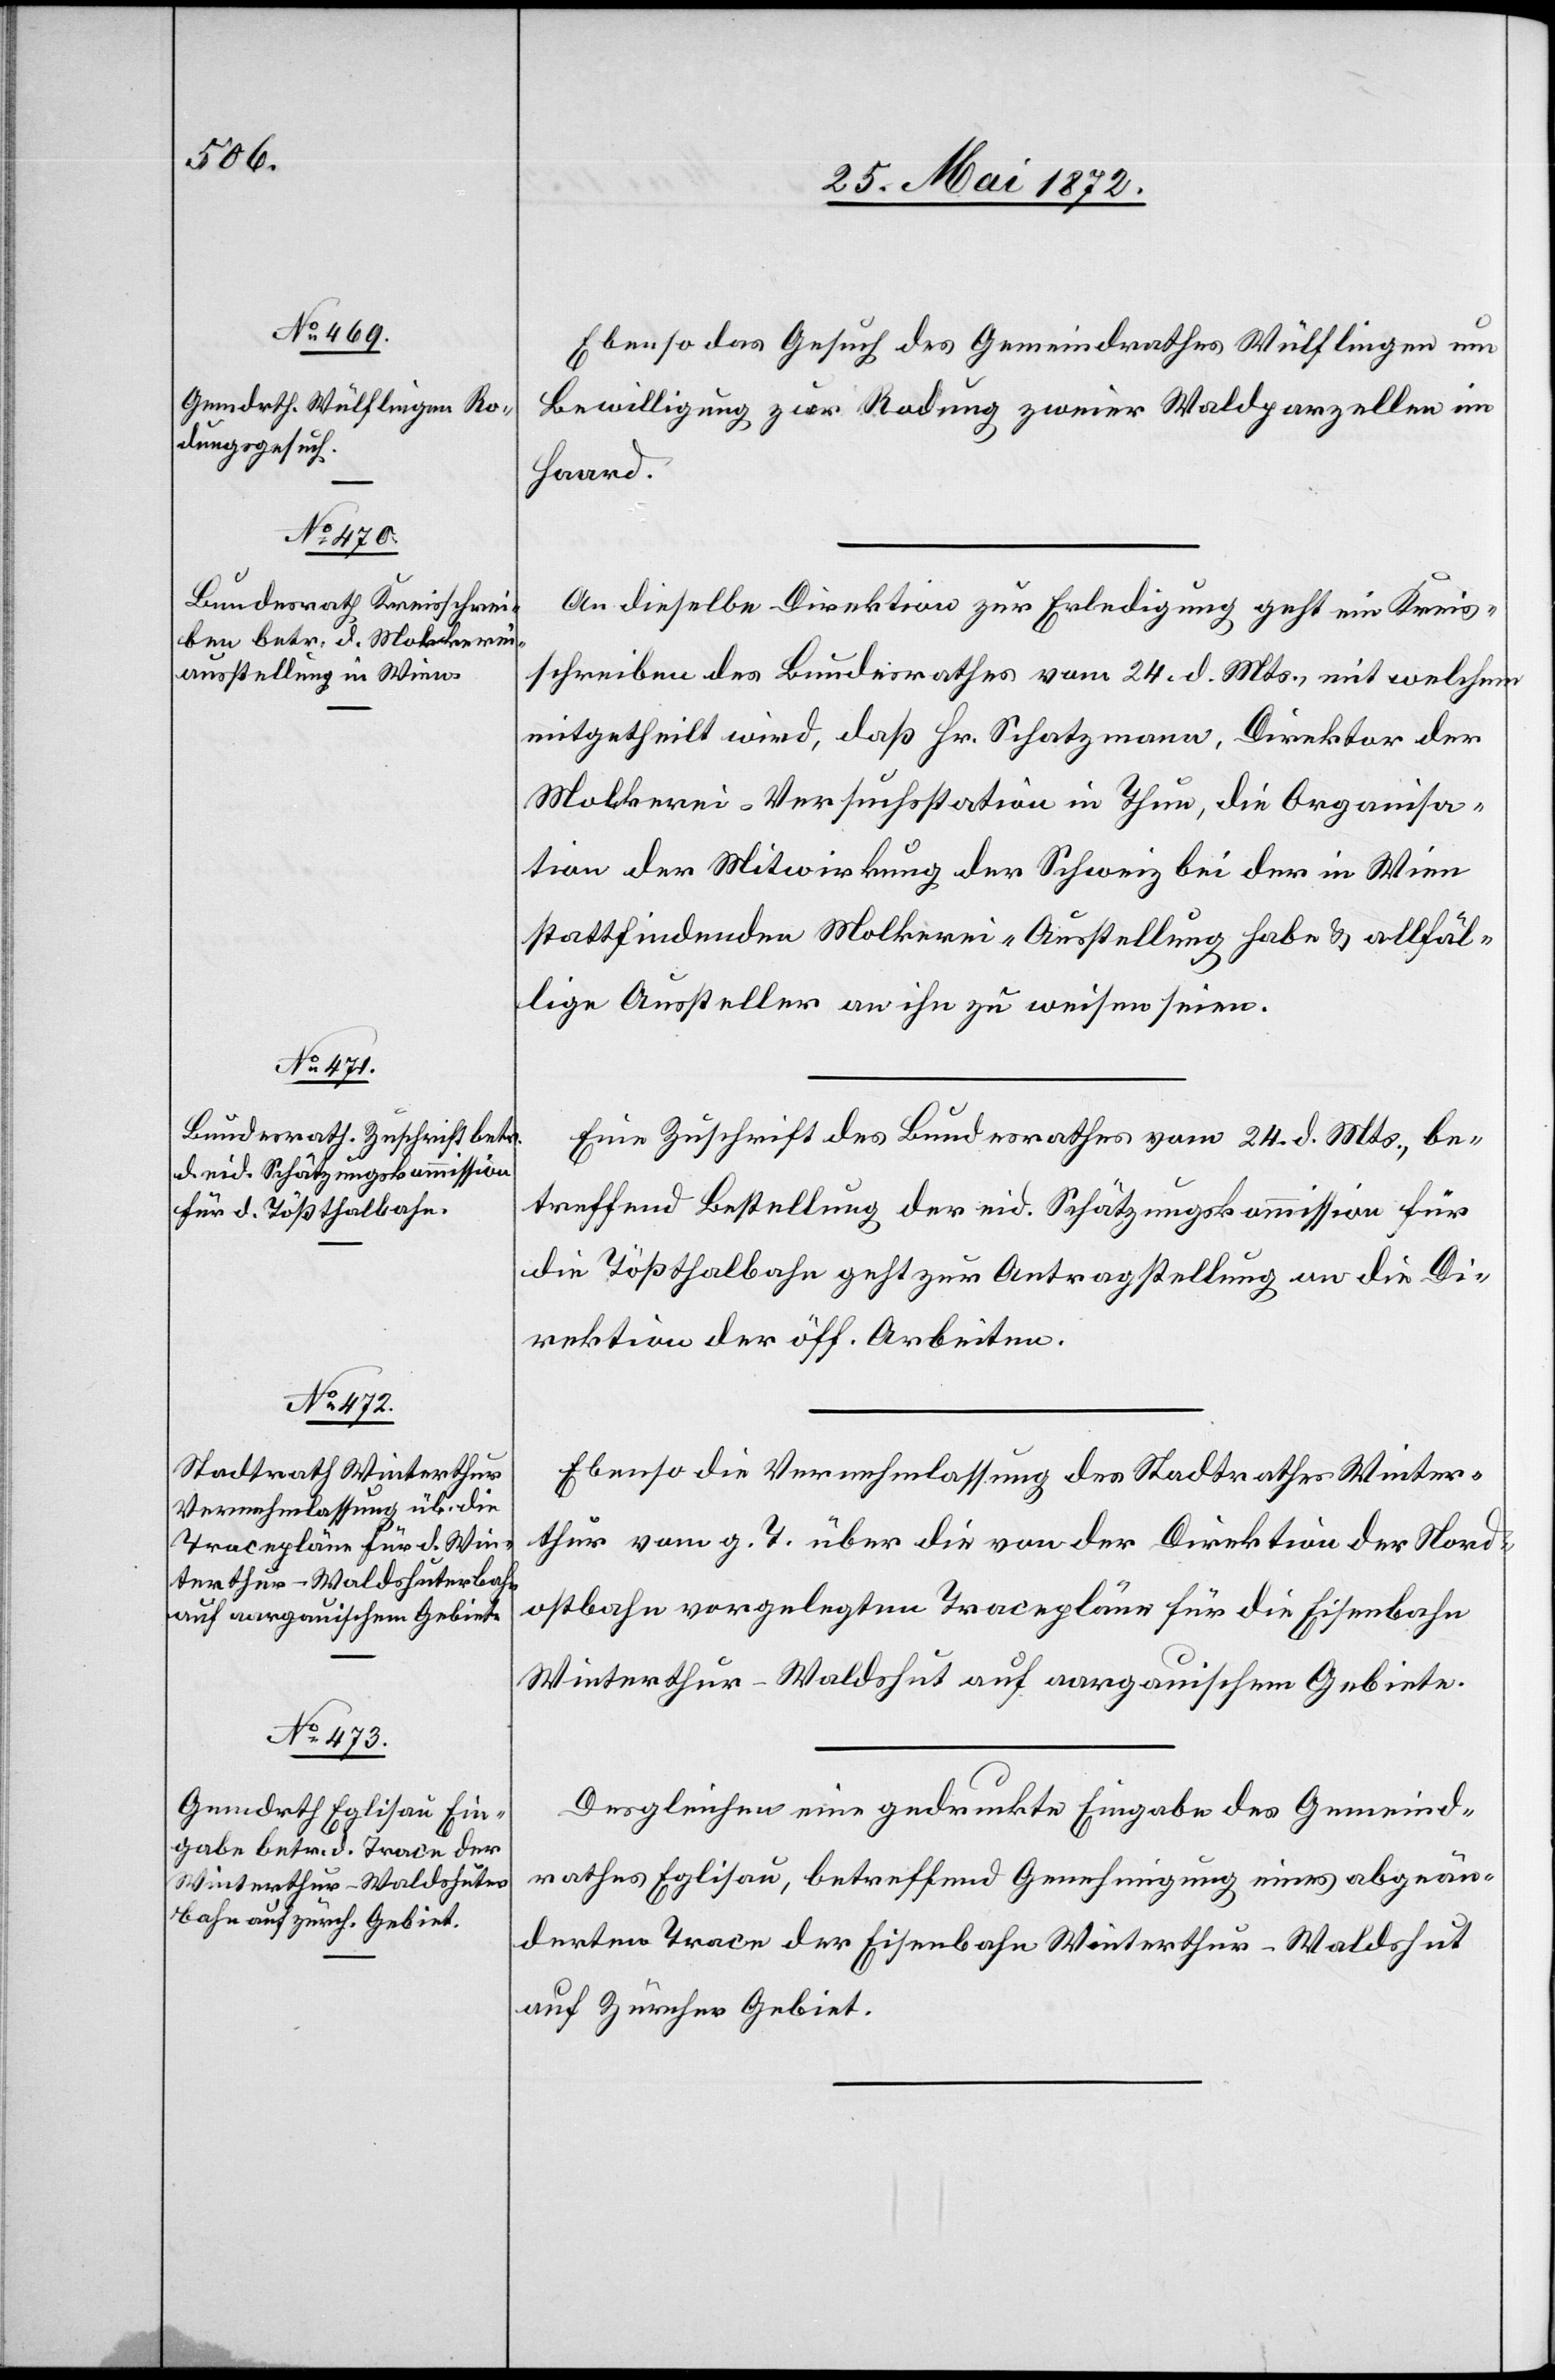
28. Mai 1872.]
Ebenso das Gesuch des Gemeindrathes Wülflingen um
Bewilligung zur Rodung zweier Waldparzellen im
Haard.
An dieselbe Direktion zur Erledigung geht ein Kreis¬
schreiben des Bundesrathes vom 24. d. Mts, mit welchem
mitgetheilt wird, daß Hr Schatzmann, Direktor der
Molkerei-Versuchsstation in Thun, die Organisa¬
tion der Mitwirkung der Schweiz bei der in Wien
stattfindenden Molkerei-Ausstellung habe u. allfäl¬
lige Aussteller an ihn zu weisen seien.
Eine Zuschrift des Bundesrathes vom 24. d. Mts., be¬
treffend Bestellung der eid. Schätzungskommission für
die Tößthalbahn geht zur Antragstellung an die Di¬
rektion der öff. Arbeiten.
Ebenso die Vernehmlassung des Stadtrathes Winter¬
thur vom g. T. über die von der Direktion der Nord¬
ostbahn vorgelegten Tracepläne für die Eisenbahn
Winterthur–Waldshut auf aargauischem Gebiete.
Desgleichen eine gedruckte Eingabe des Gemeind¬
rathes Eglisau, betreffend Genehmigung eines abgeän¬
derten Trace der Eisenbahn Winterthur–Waldshut
auf Zürcher Gebiet.